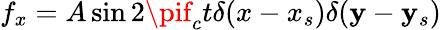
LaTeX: f_{x}=A\sin{2\pif_{c}t}\delta(x-x_{s})\delta(\mathbf{y}-\mathbf{y}_{s})